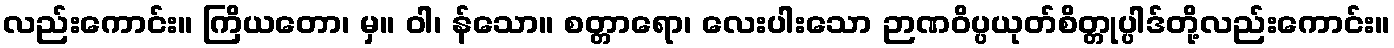
လည်းကောင်း။ ကြိယတော၊ မှ။ ဝါ၊ န်သော။ စတ္တာရော၊ လေးပါးသော ဉာဏဝိပ္ပယုတ်စိတ္တုပ္ပါဒ်တို့လည်းကောင်း။